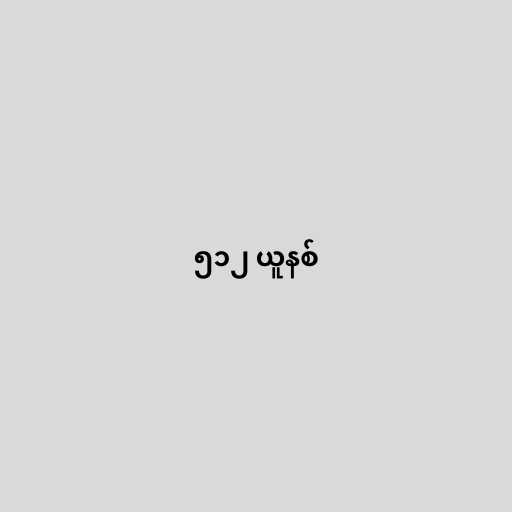
၅၁၂ ယူနစ်